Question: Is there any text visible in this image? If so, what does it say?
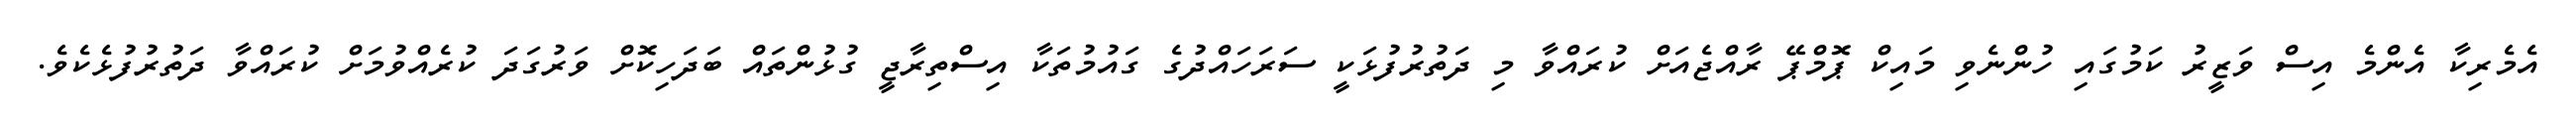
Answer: އެމެރިކާ އެންމެ އިސް ވަޒީރު ކަމުގައި ހުންނެވި މައިކް ޕޮމްޕޭ ރާއްޖެއަށް ކުރައްވާ މި ދަތުރުފުޅަކީ ސަރަހައްދުގެ ގައުމުތަކާ އިސްތިރާޖީ ގުޅުންތައް ބަދަހިކޮށް ވަރުގަދަ ކުރެއްވުމަށް ކުރައްވާ ދަތުރުފުޅެކެވެ.